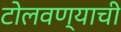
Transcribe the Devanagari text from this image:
टोलवण्याची